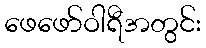
ဖေဖော်ဝါရီအတွင်း